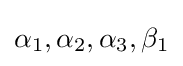
\alpha _{1},\alpha _{2},\alpha _{3},\beta _{1}